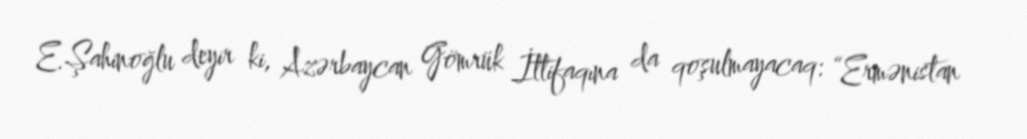
E.Şahinoğlu deyir ki, Azərbaycan Gömrük İttifaqına da qoşulmayacaq: “Ermənistan